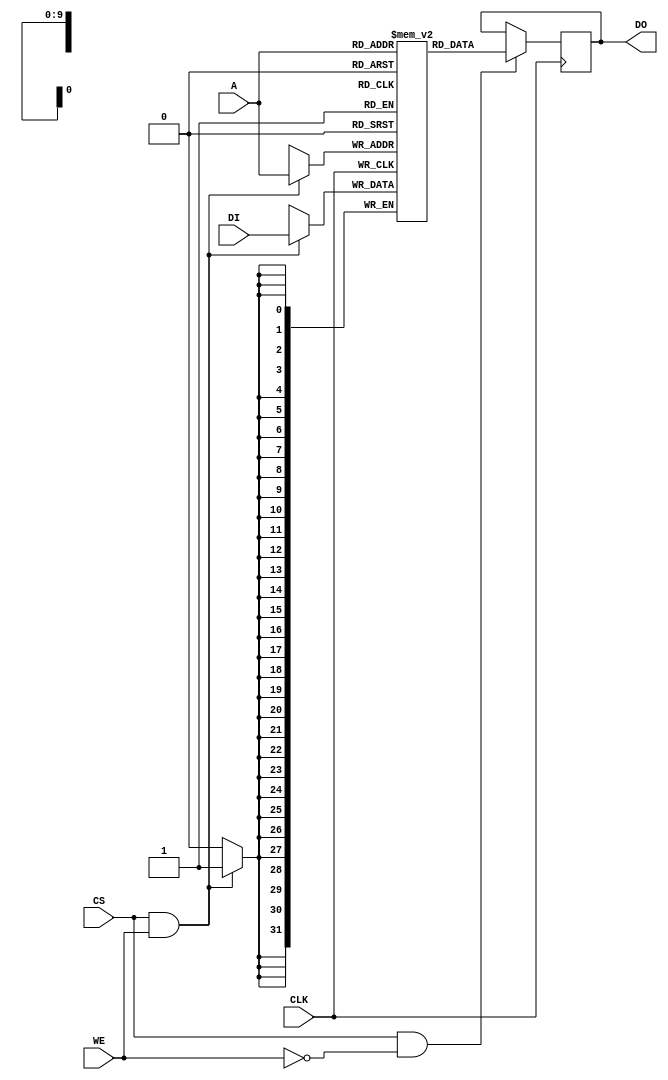
module SPSRAM #(
	parameter	DW = 32,
	parameter	DEPTH = 1024,
	parameter	AW = 10,
	// 
	parameter	INIT_OPTION = 0,
	parameter	INIT_FILE = ""
)(
	input				CLK, 
	input				CS, 
	input				WE, 
	input		[AW-1:0]	A, 
	input		[DW-1:0]	DI,
	output	reg	[DW-1:0]	DO
);

reg	[DW-1:0]	ENTRY [0:DEPTH-1];

always @(posedge CLK)
begin
	if(CS & ~WE)	DO <= ENTRY[A];
end

always @(posedge CLK) 
begin
	if(CS & WE)	ENTRY[A] <= DI;
end

// binary or hex
initial
begin
	if(INIT_OPTION == 1)
		$readmemb(INIT_FILE, ENTRY);
	else if (INIT_OPTION == 2)
		$readmemh(INIT_FILE, ENTRY);
end


//  
wire	[DW-1:0]	debug0 = ENTRY[0];
wire	[DW-1:0]	debug1 = ENTRY[1];
wire	[DW-1:0]	debug2 = ENTRY[2];
wire	[DW-1:0]	debug3 = ENTRY[3];


endmodule